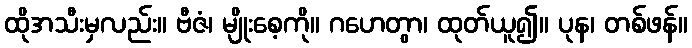
ထိုအသီးမှလည်း။ ဗီဇံ၊ မျိုးစေ့ကို။ ဂဟေတွာ၊ ထုတ်ယူ၍။ ပုန၊ တစ်ဖန်။